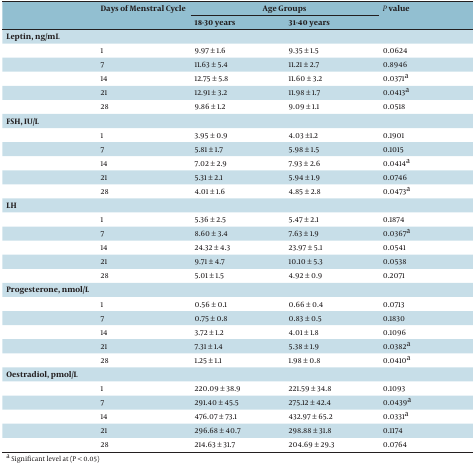
<table><thead><tr><td rowspan="2"></td><td rowspan="2"><b>Days of Menstral Cycle</b></td><td colspan="2"><b>Age Groups</b></td><td rowspan="2"><b><i>P</i> value</b></td></tr><tr><td><b>18-30 years</b></td><td><b>31-40 years</b></td></tr></thead><tbody><tr><td colspan="5"><b>Leptin, ng/mL</b></td></tr><tr><td> </td><td>1</td><td>9.97 ± 1.6</td><td>9.35 ± 1.5</td><td>0.0624</td></tr><tr><td> </td><td>7</td><td>11.63 ± 5.4</td><td>11.21 ± 2.7</td><td>0.8946</td></tr><tr><td> </td><td>14</td><td>12.75 ± 5.8</td><td>11.60 ± 3.2</td><td>0.0371 a</td></tr><tr><td> </td><td>21</td><td>12.91 ± 3.2</td><td>11.98 ± 1.7</td><td>0.0413 a</td></tr><tr><td> </td><td>28</td><td>9.86 ± 1.2</td><td>9.09 ± 1.1</td><td>0.0518</td></tr><tr><td colspan="5"><b>FSH, IU/L</b></td></tr><tr><td> </td><td>1</td><td>3.95 ± 0.9</td><td>4.03 ±1.2</td><td>0.1901</td></tr><tr><td> </td><td>7</td><td>5.81 ± 1.7</td><td>5.98 ± 1.5</td><td>0.1015</td></tr><tr><td> </td><td>14</td><td>7.02 ± 2.9</td><td>7.93 ± 2.6</td><td>0.0414 a</td></tr><tr><td> </td><td>21</td><td>5.31 ± 2.1</td><td>5.94 ± 1.9</td><td>0.0746</td></tr><tr><td> </td><td>28</td><td>4.01 ± 1.6</td><td>4.85 ± 2.8</td><td>0.0473 a</td></tr><tr><td colspan="5"><b>LH</b></td></tr><tr><td> </td><td>1</td><td>5.36 ± 2.5</td><td>5.47 ± 2.1</td><td>0.1874</td></tr><tr><td> </td><td>7</td><td>8.60 ± 3.4</td><td>7.63 ± 1.9</td><td>0.0367 a</td></tr><tr><td> </td><td>14</td><td>24.32 ± 4.3</td><td>23.97 ± 5.1</td><td>0.0541</td></tr><tr><td> </td><td>21</td><td>9.71 ± 4.7</td><td>10.10 ± 5.3</td><td>0.0538</td></tr><tr><td> </td><td>28</td><td>5.01 ± 1.5</td><td>4.92 ± 0.9</td><td>0.2071</td></tr><tr><td colspan="5"><b>Progesterone, nmol/L</b></td></tr><tr><td> </td><td>1</td><td>0.56 ± 0.1</td><td>0.66 ± 0.4</td><td>0.0713</td></tr><tr><td> </td><td>7</td><td>0.75 ± 0.8</td><td>0.83 ± 0.5</td><td>0.1830</td></tr><tr><td> </td><td>14</td><td>3.72 ± 1.2</td><td>4.01 ± 1.8</td><td>0.1096</td></tr><tr><td> </td><td>21</td><td>7.31 ± 1.4</td><td>5.38 ± 1.9</td><td>0.0382 a</td></tr><tr><td> </td><td>28</td><td>1.25 ± 1.1</td><td>1.98 ± 0.8</td><td>0.0410 a</td></tr><tr><td colspan="5"><b>Oestradiol, pmol/L</b></td></tr><tr><td> </td><td>1</td><td>220.09 ± 38.9</td><td>221.59 ± 34.8</td><td>0.1093</td></tr><tr><td> </td><td>7</td><td>291.40 ± 45.5</td><td>275.12 ± 42.4</td><td>0.0439 a</td></tr><tr><td></td><td>14</td><td>476.07 ± 73.1</td><td>432.97 ± 65.2</td><td>0.0331 a</td></tr><tr><td> </td><td>21</td><td>296.68 ± 40.7</td><td>298.88 ± 31.8</td><td>0.1174</td></tr><tr><td> </td><td>28</td><td>214.63 ± 31.7</td><td>204.69 ± 29.3</td><td>0.0764</td></tr></tbody></table>